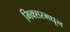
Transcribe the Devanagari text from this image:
मिक्सरमधून